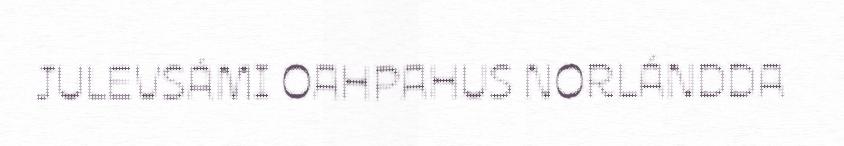
JULEVSÁMI OAHPAHUS NORLÁNDDA